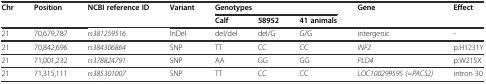
<table><thead><tr><td rowspan="2"><b>Chr</b></td><td rowspan="2"><b>Position</b></td><td rowspan="2"><b>NCBI reference ID</b></td><td rowspan="2"><b>Variant</b></td><td colspan="3"><b>Genotypes</b></td><td rowspan="2"><b>Gene</b></td><td rowspan="2"><b>Effect</b></td></tr><tr><td><b>Calf</b></td><td><b>58952</b></td><td><b>41 animals</b></td></tr></thead><tbody><tr><td>21</td><td>70,679,787</td><td><i>rs381259516</i></td><td>InDel</td><td>del/del</td><td>del/G</td><td>G/G</td><td>intergenic</td><td>-</td></tr><tr><td>21</td><td>70,842,696</td><td><i>rs384306864</i></td><td>SNP</td><td>TT</td><td>CC</td><td>CC</td><td><i>INF2</i></td><td>p.H1231Y</td></tr><tr><td>21</td><td>71,001,232</td><td><i>rs378824791</i></td><td>SNP</td><td>AA</td><td>GG</td><td>GG</td><td><i>PLD4</i></td><td>p.W215X</td></tr><tr><td>21</td><td>71,315,111</td><td><i>rs385301007</i></td><td>SNP</td><td>TT</td><td>CC</td><td>CC</td><td><i>LOC100299595 (=PACS2)</i></td><td>intron 30</td></tr></tbody></table>